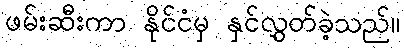
ဖမ်းဆီးကာ နိုင်ငံမှ နှင်လွှတ်ခဲ့သည်။